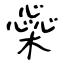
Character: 橤